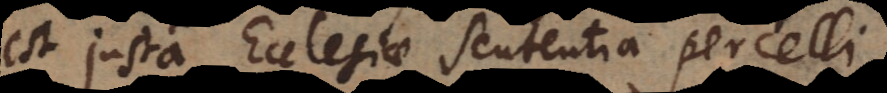
est justa Ecclesiae Sententia percelli.